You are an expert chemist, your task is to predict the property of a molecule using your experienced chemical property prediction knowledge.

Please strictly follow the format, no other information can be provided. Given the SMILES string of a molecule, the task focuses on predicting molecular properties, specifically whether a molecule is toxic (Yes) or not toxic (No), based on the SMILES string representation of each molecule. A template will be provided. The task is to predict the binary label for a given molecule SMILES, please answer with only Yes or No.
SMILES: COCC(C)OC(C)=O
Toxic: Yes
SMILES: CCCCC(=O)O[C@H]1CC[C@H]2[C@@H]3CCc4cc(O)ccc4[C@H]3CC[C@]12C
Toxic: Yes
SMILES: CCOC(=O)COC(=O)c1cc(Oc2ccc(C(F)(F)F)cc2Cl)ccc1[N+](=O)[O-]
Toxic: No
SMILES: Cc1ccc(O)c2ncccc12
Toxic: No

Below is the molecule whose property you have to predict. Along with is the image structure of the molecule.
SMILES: C[C@@]12CCC[C@H]1[C@@H]1CC[C@H]3C[C@@H](O)CC[C@]3(C)[C@H]1CC2
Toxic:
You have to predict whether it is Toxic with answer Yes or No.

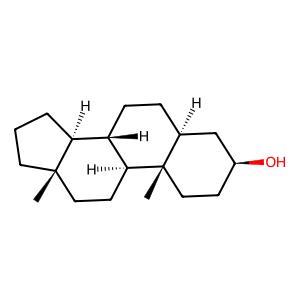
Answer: Yes